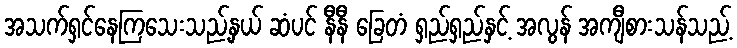
အသက်ရှင်နေကြသေးသည့်နှယ် ဆံပင် နီနီ ခြေတံ ရှည်ရှည်နှင့် အလွန် အကျီစားသန်သည့်